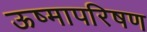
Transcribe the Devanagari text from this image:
ऊष्मापरिषण